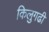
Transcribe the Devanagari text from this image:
किलुगढी